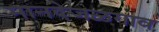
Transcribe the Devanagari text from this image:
मानदेजळगाव